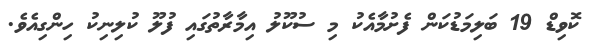
ކޮވިޑް 19 ބަލިމަޑުކަން ފެށުމާއެކު މި ސުކޫލު އިމާރާތުގައި ފުލޫ ކުލިނިކު ހިންގިއެވެ.